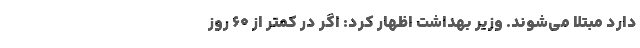
دارد مبتلا می‌شوند. وزیر بهداشت اظهار کرد: اگر در کمتر از 60 روز